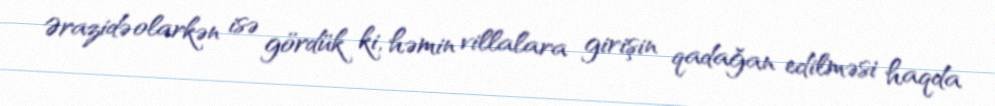
Ərazidə olarkən isə gördük ki, həmin villalara girişin qadağan edilməsi haqda